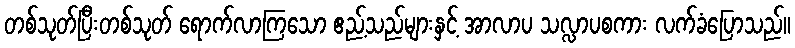
တစ်သုတ်ပြီးတစ်သုတ် ရောက်လာကြသော ဧည့်သည်များနှင့် အာလာပ သလ္လာပစကား လက်ခံပြောသည်။